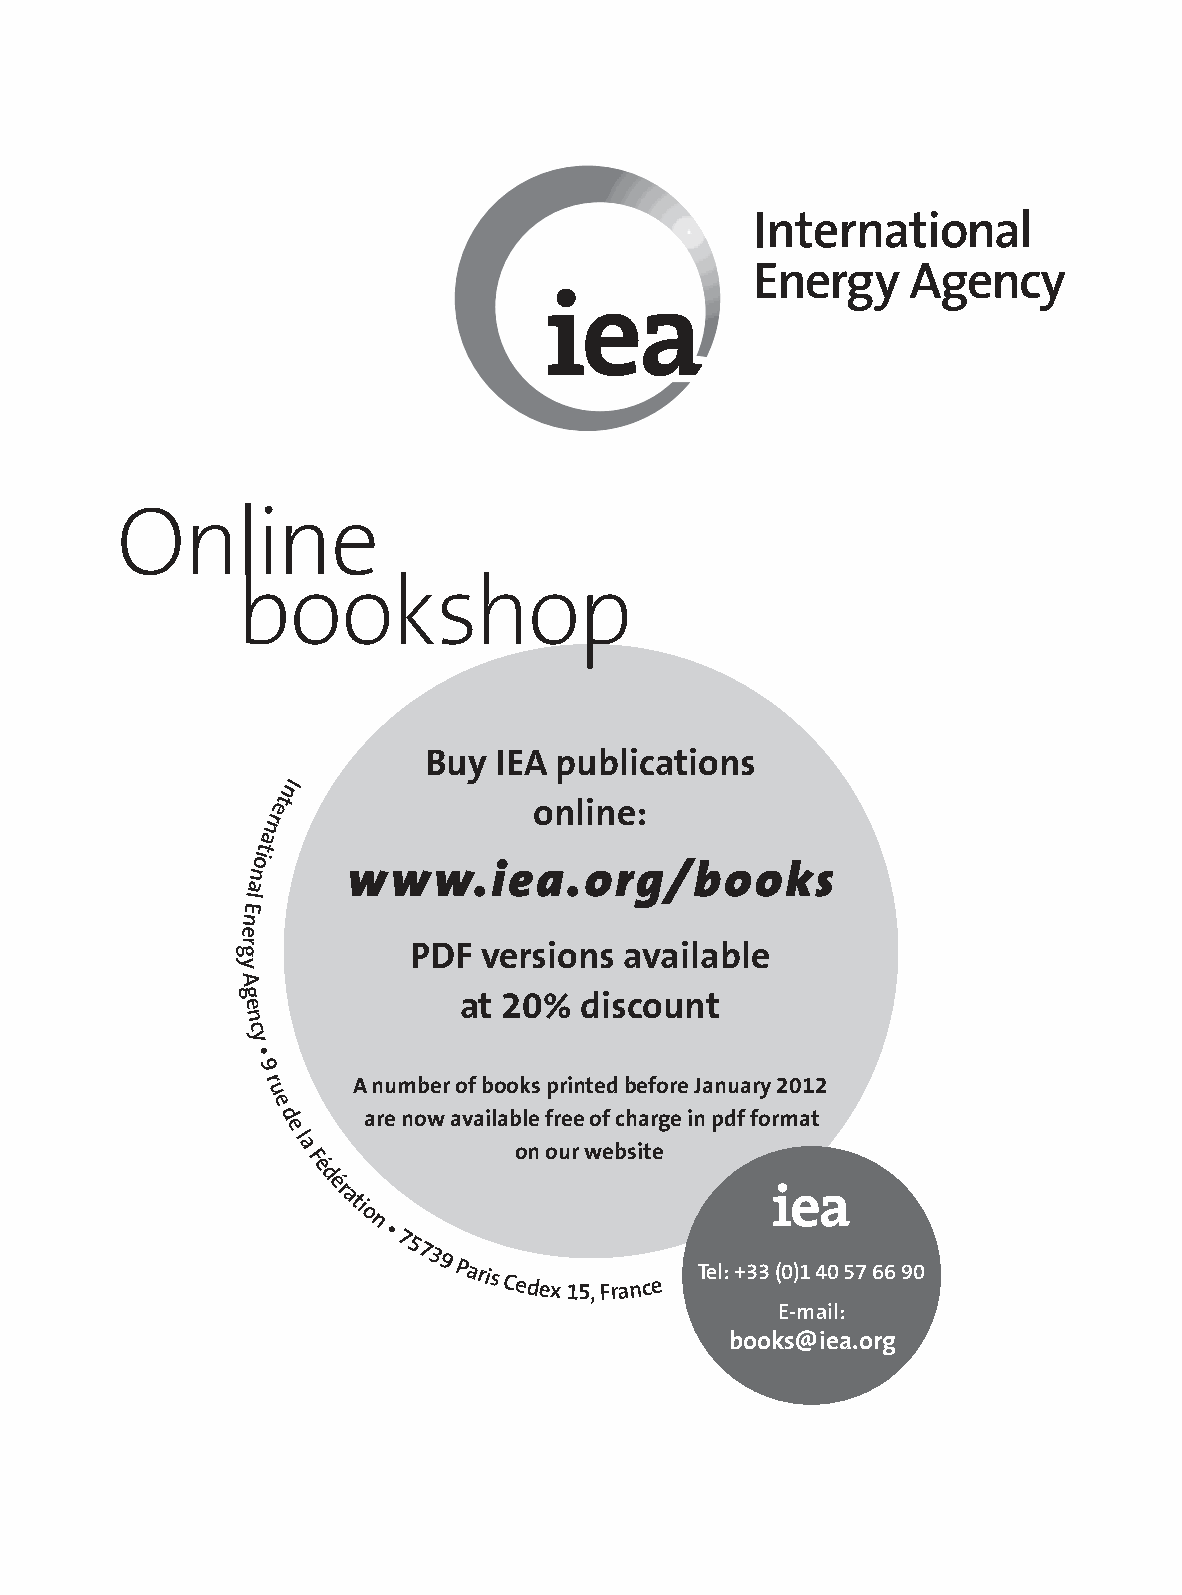
Online
 bookshop
 Buy  IEA publications
 nI
 et               online:
 r
 n
 a
 t
 oi
 www.iea.org/books
 n
 a
 E
 l
 n
 e
 gr         PDF  versions available
 y
 A
 g             at 20%  discount
 e
 n
 c
 y
 •
 9
 r     A number of books printed before January 2012
 u
 e
 d     are now available free of charge in pdf format
 e
 l
 a              on our website
 F
 é
 d
 ér
 ati
 o
 n
 •
 75739
 Paris
 Cedex
 15,
 France
 Tel: +33 (0)1 40 57 66 90
 E-mail:
 books@iea.org